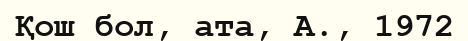
Қош бол, ата, А., 1972